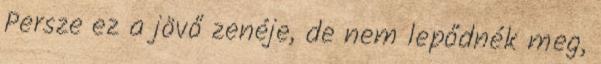
Persze ez a jövő zenéje, de nem lepődnék meg,